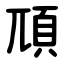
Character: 䪲